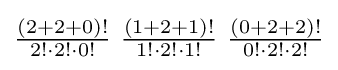
\textstyle {(2+2+0)! \over 2!\cdot 2!\cdot 0!}\ {(1+2+1)! \over 1!\cdot 2!\cdot 1!}\ {(0+2+2)! \over 0!\cdot 2!\cdot 2!}